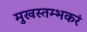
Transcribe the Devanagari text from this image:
मुखस्तम्भकरं